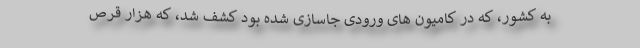
به کشور، که در کامیون های ورودی جاسازی شده بود کشف شد، که هزار قرص